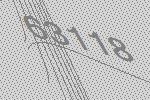
63118